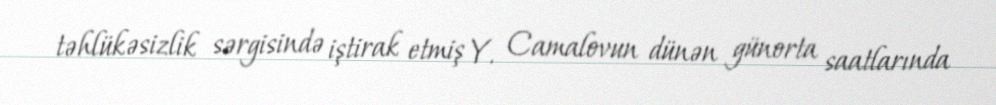
təhlükəsizlik sərgisində iştirak etmiş Y. Camalovun dünən günorta saatlarında